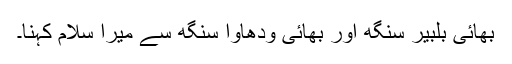
بھائی بلبیر سنگھ اور بھائی ودھاوا سنگھ سے میرا سلام کہنا۔